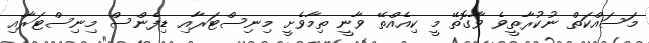
މަސައްކަތް ނުކުރާތީވެ ވާގޮތޭ މީ ކިއެއްތޭ ވާނީ ތިމާވެށީ މިނިސްޓަރާއި ޑިފެންސް މިނިސްޓަރާއި